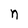
Character: n